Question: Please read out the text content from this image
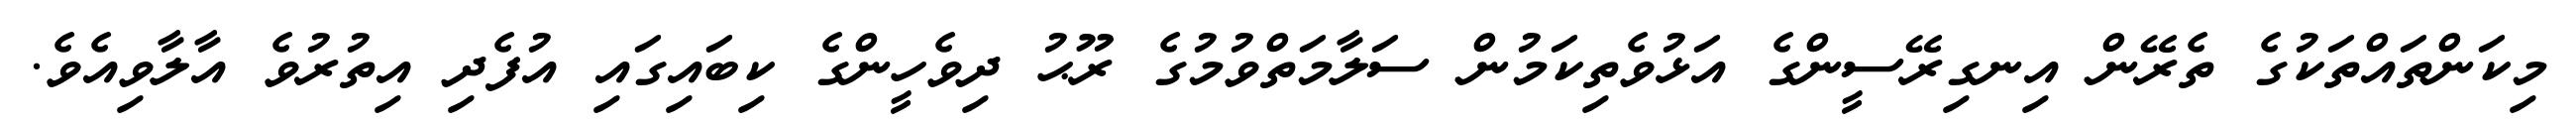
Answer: މިކަންތައްތަކުގެ ތެރޭން އިނގިރޭސީންގެ އަޅުވެތިކަމުން ސަލާމަތްވުމުގެ ރޫޙު ދިވެހީންގެ ކިބައިގައި އުފެދި އިތުރުވެ އާލާވިއެވެ.